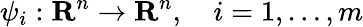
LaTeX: \psi_{i}:\mathbf{R}^{n}\rightarrow\mathbf{R}^{n},\quad i=1,\ldots,m